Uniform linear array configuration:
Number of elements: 8
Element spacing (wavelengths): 1
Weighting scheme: hamming
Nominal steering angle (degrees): -45
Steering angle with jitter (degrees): -43.314
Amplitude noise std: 0.05
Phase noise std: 0.05

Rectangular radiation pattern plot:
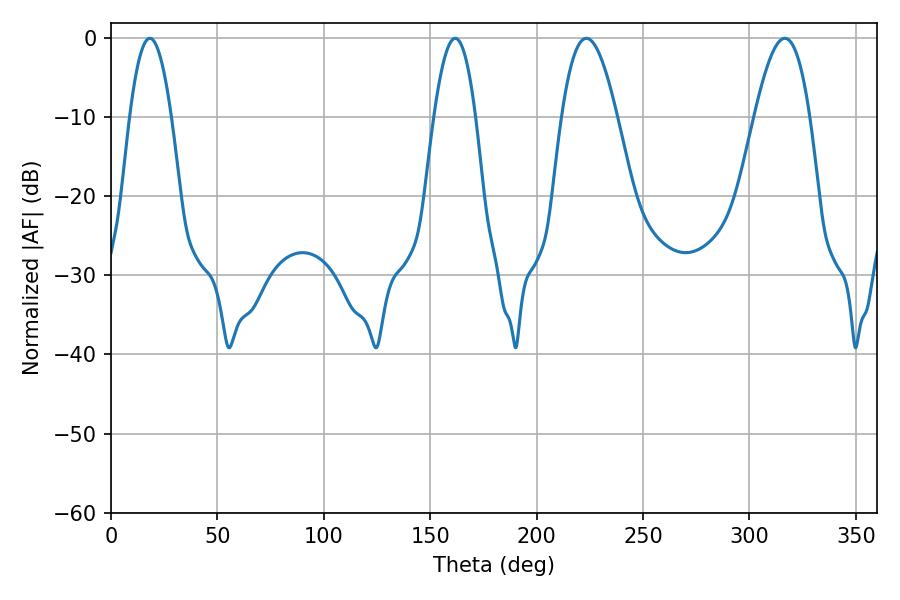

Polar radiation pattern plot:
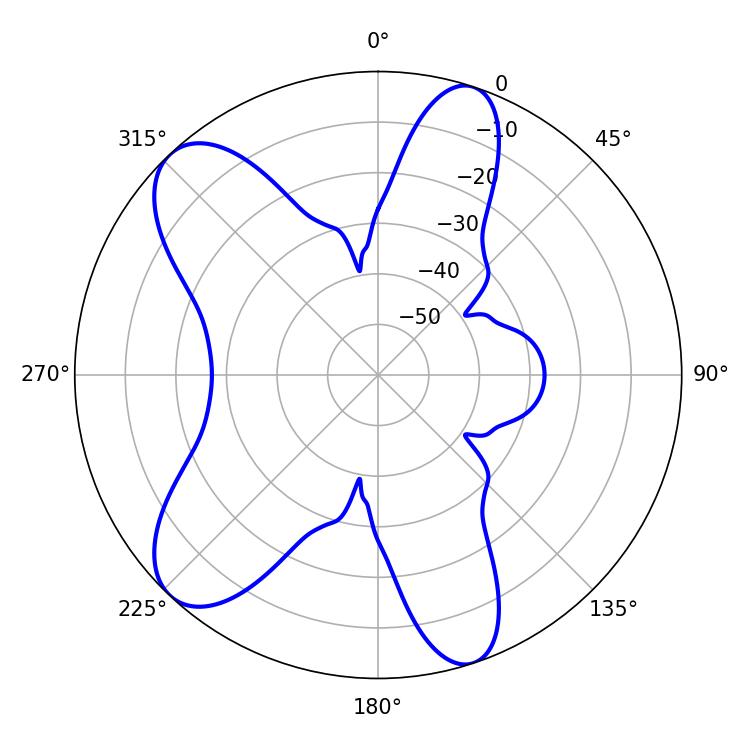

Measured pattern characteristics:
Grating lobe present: TRUE
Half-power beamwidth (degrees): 14.22
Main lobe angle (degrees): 223.38